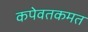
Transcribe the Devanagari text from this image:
कपेवतकमत